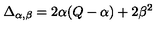
\Delta _ { \alpha , \beta } = 2 \alpha ( Q - \alpha ) + 2 \beta ^ { 2 }